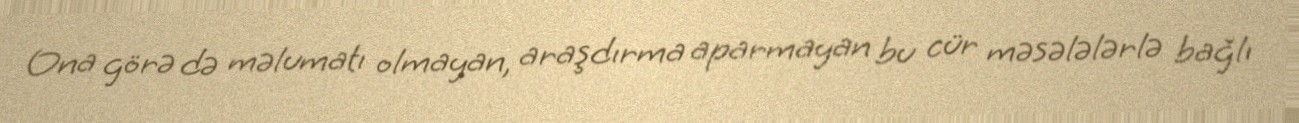
Ona görə də məlumatı olmayan, araşdırma aparmayan bu cür məsələlərlə bağlı